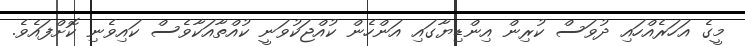
މީގެ އަހަރެއްހައި ދުވަސް ކުރިން އިންޑިޔާގައި އަންހެން ކުއްޖަކުވަނީ ކުއްތާއަކާވެސް ކައިވެނި ކޮށްފައެވެ.